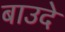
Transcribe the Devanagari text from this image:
बाउदे